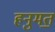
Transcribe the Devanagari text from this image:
हनुमत॒